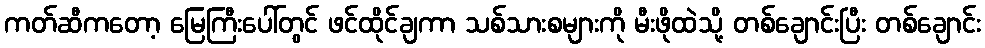
ကတ်ဆီကတော့ မြေကြီးပေါ်တွင် ဖင်ထိုင်ချကာ သစ်သားစများကို မီးဖိုထဲသို့ တစ်ချောင်းပြီး တစ်ချောင်း